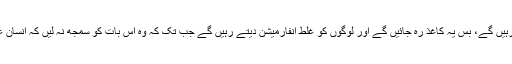
ابھی صرف دو مہینے گذرے ہیں ، کل سال گذر جائیں گے، آج ہم زندہ ہیں کل کو ہم نہیں رہیں گے، بس یہ کاغذ رہ جائیں گے اور لوگوں کو غلط انفارمیشن دیتے رہیں گے جب تک کہ وہ اس بات کو سمجھ نہ لیں کہ انسان غلطی کرتے ہیں اور صبح خود دیکھنے کی زحمت کریں کہ سورج کہاں سے نکل رہا ہے۔